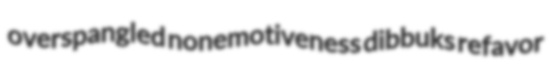
overspangled nonemotiveness dibbuks refavor